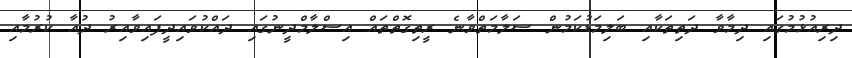
ދިރިއުޅުމުގައި ދިމާވާ ދަތިތަކާއި ބަލިމަޑުކަމުން ސަލާމަތްވާނެ ރީތިގޮތްތައް އިސްލާމްދީނުގައި ދައްކުވައިދީފައިވާއިރު ދުއާ ކުރުމާއި